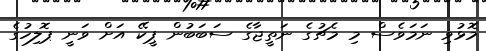
މޮޅުވި ނަމަވެސް މި މެޗުގެ ނަތީޖާގެ ސަބަބުން ޕީކޭ އަށް ވަނީ ޕޮލިހުގެ